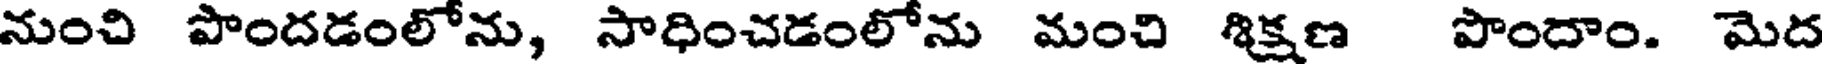
నుంచి పొందడంలోను, సాధించడంలోను మంచి శిక్షణ పొందాం. మెద